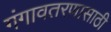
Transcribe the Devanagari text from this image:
गंगावतरणासाठी